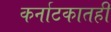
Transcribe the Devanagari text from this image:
कर्नाटकातही